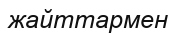
жайттармен